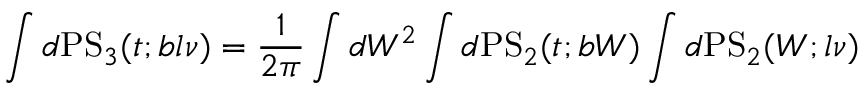
\int d \mathrm { P S } _ { 3 } ( t ; b l \nu ) = \frac { 1 } { 2 \pi } \int d W ^ { 2 } \int d \mathrm { P S } _ { 2 } ( t ; b W ) \int d \mathrm { P S } _ { 2 } ( W ; l \nu )